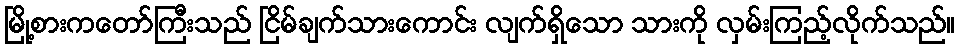
မြို့စားကတော်ကြီးသည် ငြိမ်ချက်သားကောင်း လျက်ရှိသော သားကို လှမ်းကြည့်လိုက်သည်။